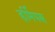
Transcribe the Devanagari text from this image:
हर्मिपस